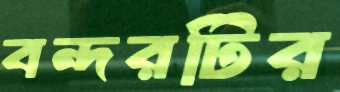
বন্দরটির